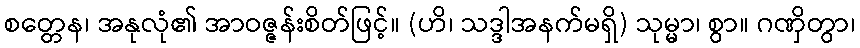
စတ္တေန၊ အနုလုံ၏ အာဝဇ္ဇန်းစိတ်ဖြင့်။ (ဟိ၊ သဒ္ဒါအနက်မရှိ) သုမ္မာ၊ စွာ။ ဂဏှိတွာ၊